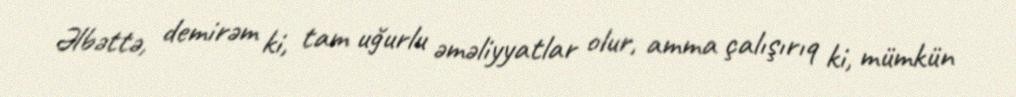
Əlbəttə, demirəm ki, tam uğurlu əməliyyatlar olur, amma çalışırıq ki, mümkün